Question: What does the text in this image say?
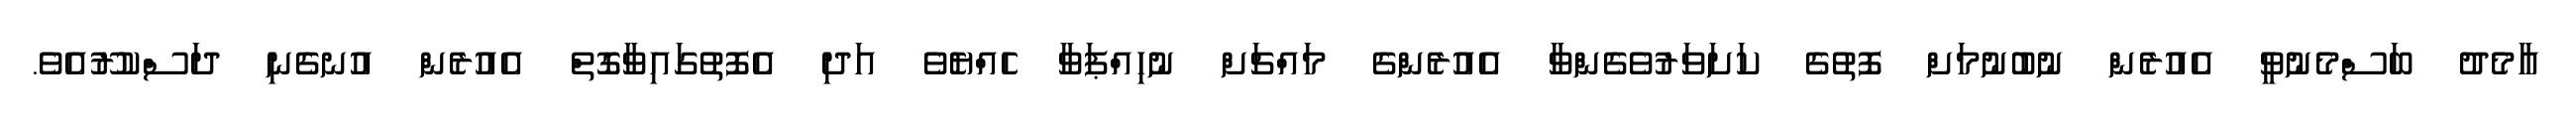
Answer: އާމެދު ބަސްމެނުވީ އެއުރެން ނުބުނުމަށް ފޮތުގެ ކަށަވަރުވެގެންވާ އެއުރެންގެ މައްޗަށް ނުހިއްޕަވާ ހެއްޔެވެ އަދި އެފޮތުގައިވާގޮތް އެއުރެން އުނގެނި ދަސްކުރޫއެވެ.